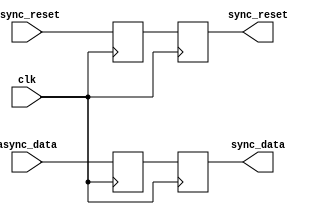
module synchronizer_with_reset(
    input wire clk, // Clock input
    input wire async_reset, // Asynchronous reset input
    input wire async_data, // Asynchronous data input
    output reg sync_reset, // Synchronized reset output
    output reg sync_data // Synchronized data output
);

reg sync_reset_ff; // Synchronized reset flip-flop
reg sync_data_ff; // Synchronized data flip-flop

// Synchronize reset signal
always @(posedge clk) begin
    sync_reset_ff <= async_reset;
    sync_reset <= sync_reset_ff;
end

// Synchronize data signal
always @(posedge clk) begin
    sync_data_ff <= async_data;
    sync_data <= sync_data_ff;
end

endmodule